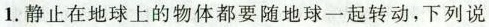
1.静止在地球上的物体都要随地球一起转动，下列说